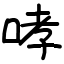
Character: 哮